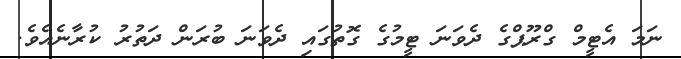
ނަމަ އެޓީމް ގްރޫޕްގެ ދެވަނަ ޓީމުގެ ގޮތުގައި ދެވަނަ ބުރަން ދަތުރު ކުރާނެއެވެ.